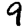
Digit: 9